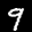
Label: 9